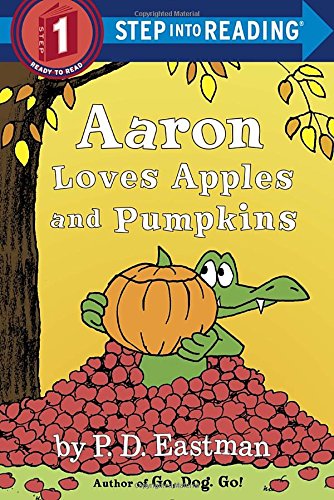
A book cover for Aaron Loves Apples and Pumpkins (Step into Reading); P.D. Eastman; Children's Books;